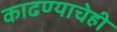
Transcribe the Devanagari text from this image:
काढण्याचेही